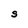
Character: S